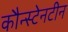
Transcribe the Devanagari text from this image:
कौन्स्टेनटीन